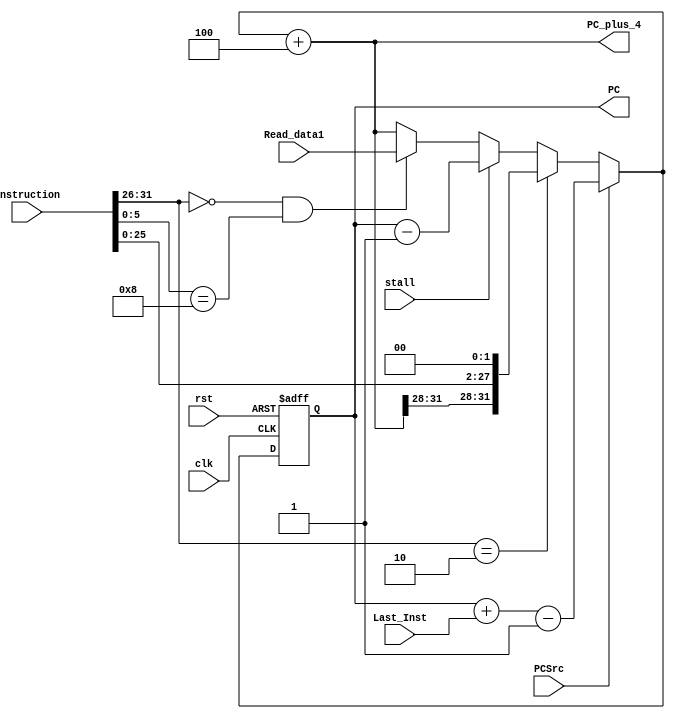
module Ifetch(	clk, rst, PCSrc, stall,
			Instruction, PC , Last_Inst, PC_plus_4,Read_data1
			);
	
	parameter MIP_BUS = 32;		    
	
	`define    JUMP	6'b000010
	`define    JR   6'b001000
	`define    OPCODE	Instruction[31:26]
	`define    func     Instruction[5:0]
	//`define    JUMP_ADDR	Instruction[15:0]
	`define    BR_ADDR	Last_Inst[15:0]
	input			clk,rst;
	input			PCSrc;		//branch_taken
	input			stall;	
	input	[15:0]		Last_Inst;	
	input   [31:0]  Read_data1;
	//new
	input	[31:0]		Instruction;
	output	[MIP_BUS-1:0]	PC;		
	output  [MIP_BUS-1:0]   PC_plus_4;
	reg	[MIP_BUS-1:0]	PC;
	reg	[MIP_BUS-1:0]	next_PC;
	
	wire	[MIP_BUS-1:0]	Branch_offset = `BR_ADDR;
	wire	[MIP_BUS-1:0]	Branch_result = PC + Branch_offset -1;
	wire    [5:0]           func;

	assign PC_plus_4 = next_PC + 4;

//	instmemory		INST	(.addr(PC),.read_data(Instruction));	//read instruction from IM	
	//combinational part
	always @(*)
	begin		
		if(PCSrc)	
			next_PC = Branch_result;	//branch: current position + offset
		else if (`OPCODE == `JUMP) 
			next_PC = {PC_plus_4[31:28],Instruction[25:0],2'b00};
		else if (stall) 
			next_PC =  PC -1;	
		else if ((`OPCODE == 6'b0) && (`func==`JR))
			next_PC = Read_data1;
		else
			next_PC = PC_plus_4;		//PC+4	
	end
	//sequential part
	always @(posedge clk or posedge rst )
	begin
		if(rst)
			PC <= 16'b0;
//		else if(stall)	
//			PC <= PC-1;		
		else
			PC <= next_PC;
	end	
endmodule